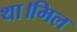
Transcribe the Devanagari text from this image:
था।मिल